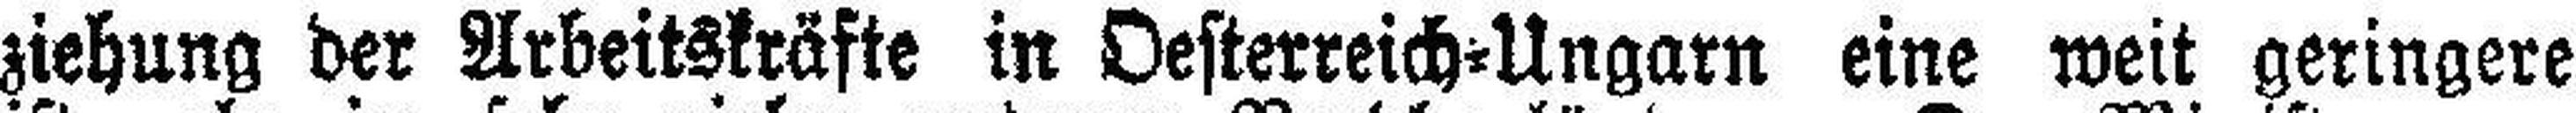
ziehung der Arbeitskräfte in Oesterreich=Ungarn eine weit geringere